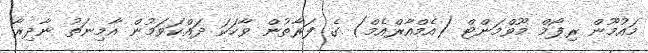
މައުމޫން ރިފޯމް މޫވްމަންޓް (އެމްއާރްއެމް) ގެ ފަރާތުން ވާހަކަ ދައްކަވަމުން އާމިނަތު ނާދިރާ